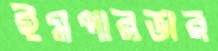
ইমপারভার